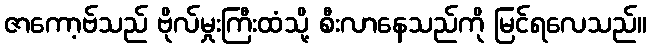
ဇာကော့ဗ်သည် ဗိုလ်မှုးကြီးထံသို့ စီးလာနေသည်ကို မြင်ရလေသည်။